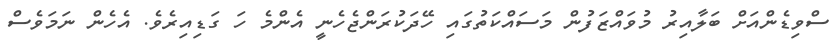
ސްވިޑެންއަށް ބަލާއިރު މުވައްޒަފުން މަސައްކަތުގައި ހޭދަކުރަންޖެހެނީ އެންމެ ހަ ގަޑިއިރެވެ. އެހެން ނަމަވެސް